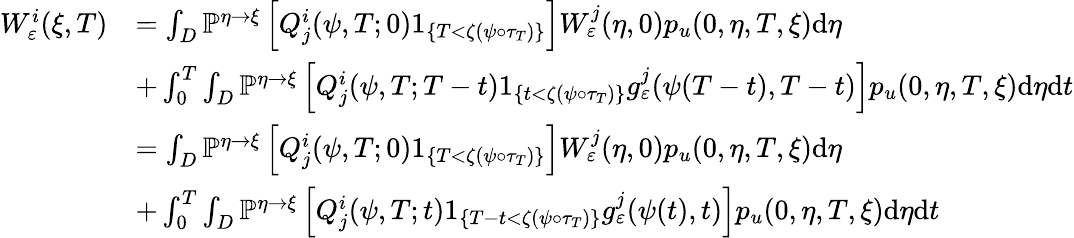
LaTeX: \begin{array}{rl}{W_{\varepsilon}^{i}(\xi,T)}&{=\int_{D}\mathbb{P}^{\eta\rightarrow\xi}\left[Q_{j}^{i}(\psi,T;0)1_{\{ T<\zeta(\psi\circ\tau_{T})\} }\right]W_{\varepsilon}^{j}(\eta,0)p_{u}(0,\eta,T,\xi)\textrm{d}\eta}\\ &{+\int_{0}^{T}\int_{D}\mathbb{P}^{\eta\rightarrow\xi}\left[Q_{j}^{i}(\psi,T;T-t)1_{\{ t<\zeta(\psi\circ\tau_{T})\} }g_{\varepsilon}^{j}(\psi(T-t),T-t)\right]p_{u}(0,\eta,T,\xi)\textrm{d}\eta\textrm{d}t}\\ &{=\int_{D}\mathbb{P}^{\eta\rightarrow\xi}\left[Q_{j}^{i}(\psi,T;0)1_{\{ T<\zeta(\psi\circ\tau_{T})\} }\right]W_{\varepsilon}^{j}(\eta,0)p_{u}(0,\eta,T,\xi)\textrm{d}\eta}\\ &{+\int_{0}^{T}\int_{D}\mathbb{P}^{\eta\rightarrow\xi}\left[Q_{j}^{i}(\psi,T;t)1_{\{ T-t<\zeta(\psi\circ\tau_{T})\} }g_{\varepsilon}^{j}(\psi(t),t)\right]p_{u}(0,\eta,T,\xi)\textrm{d}\eta\textrm{d}t}\end{array}